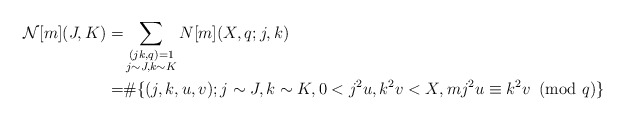
\begin{align*}\mathcal{N}[m](J,K)=& \sum_{\substack{(jk,q)=1\\j\sim J, k\sim K}}N[m](X,q;j,k)\\=& \#\{(j,k,u,v); j\sim J,k\sim K, 0<j^2u,k^2v<X,mj^2u\equiv k^2v\!\!\!\pmod{q}\}\end{align*}